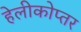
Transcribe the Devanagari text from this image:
हेलीकोप्तर